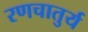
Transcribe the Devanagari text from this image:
रणचातुर्य